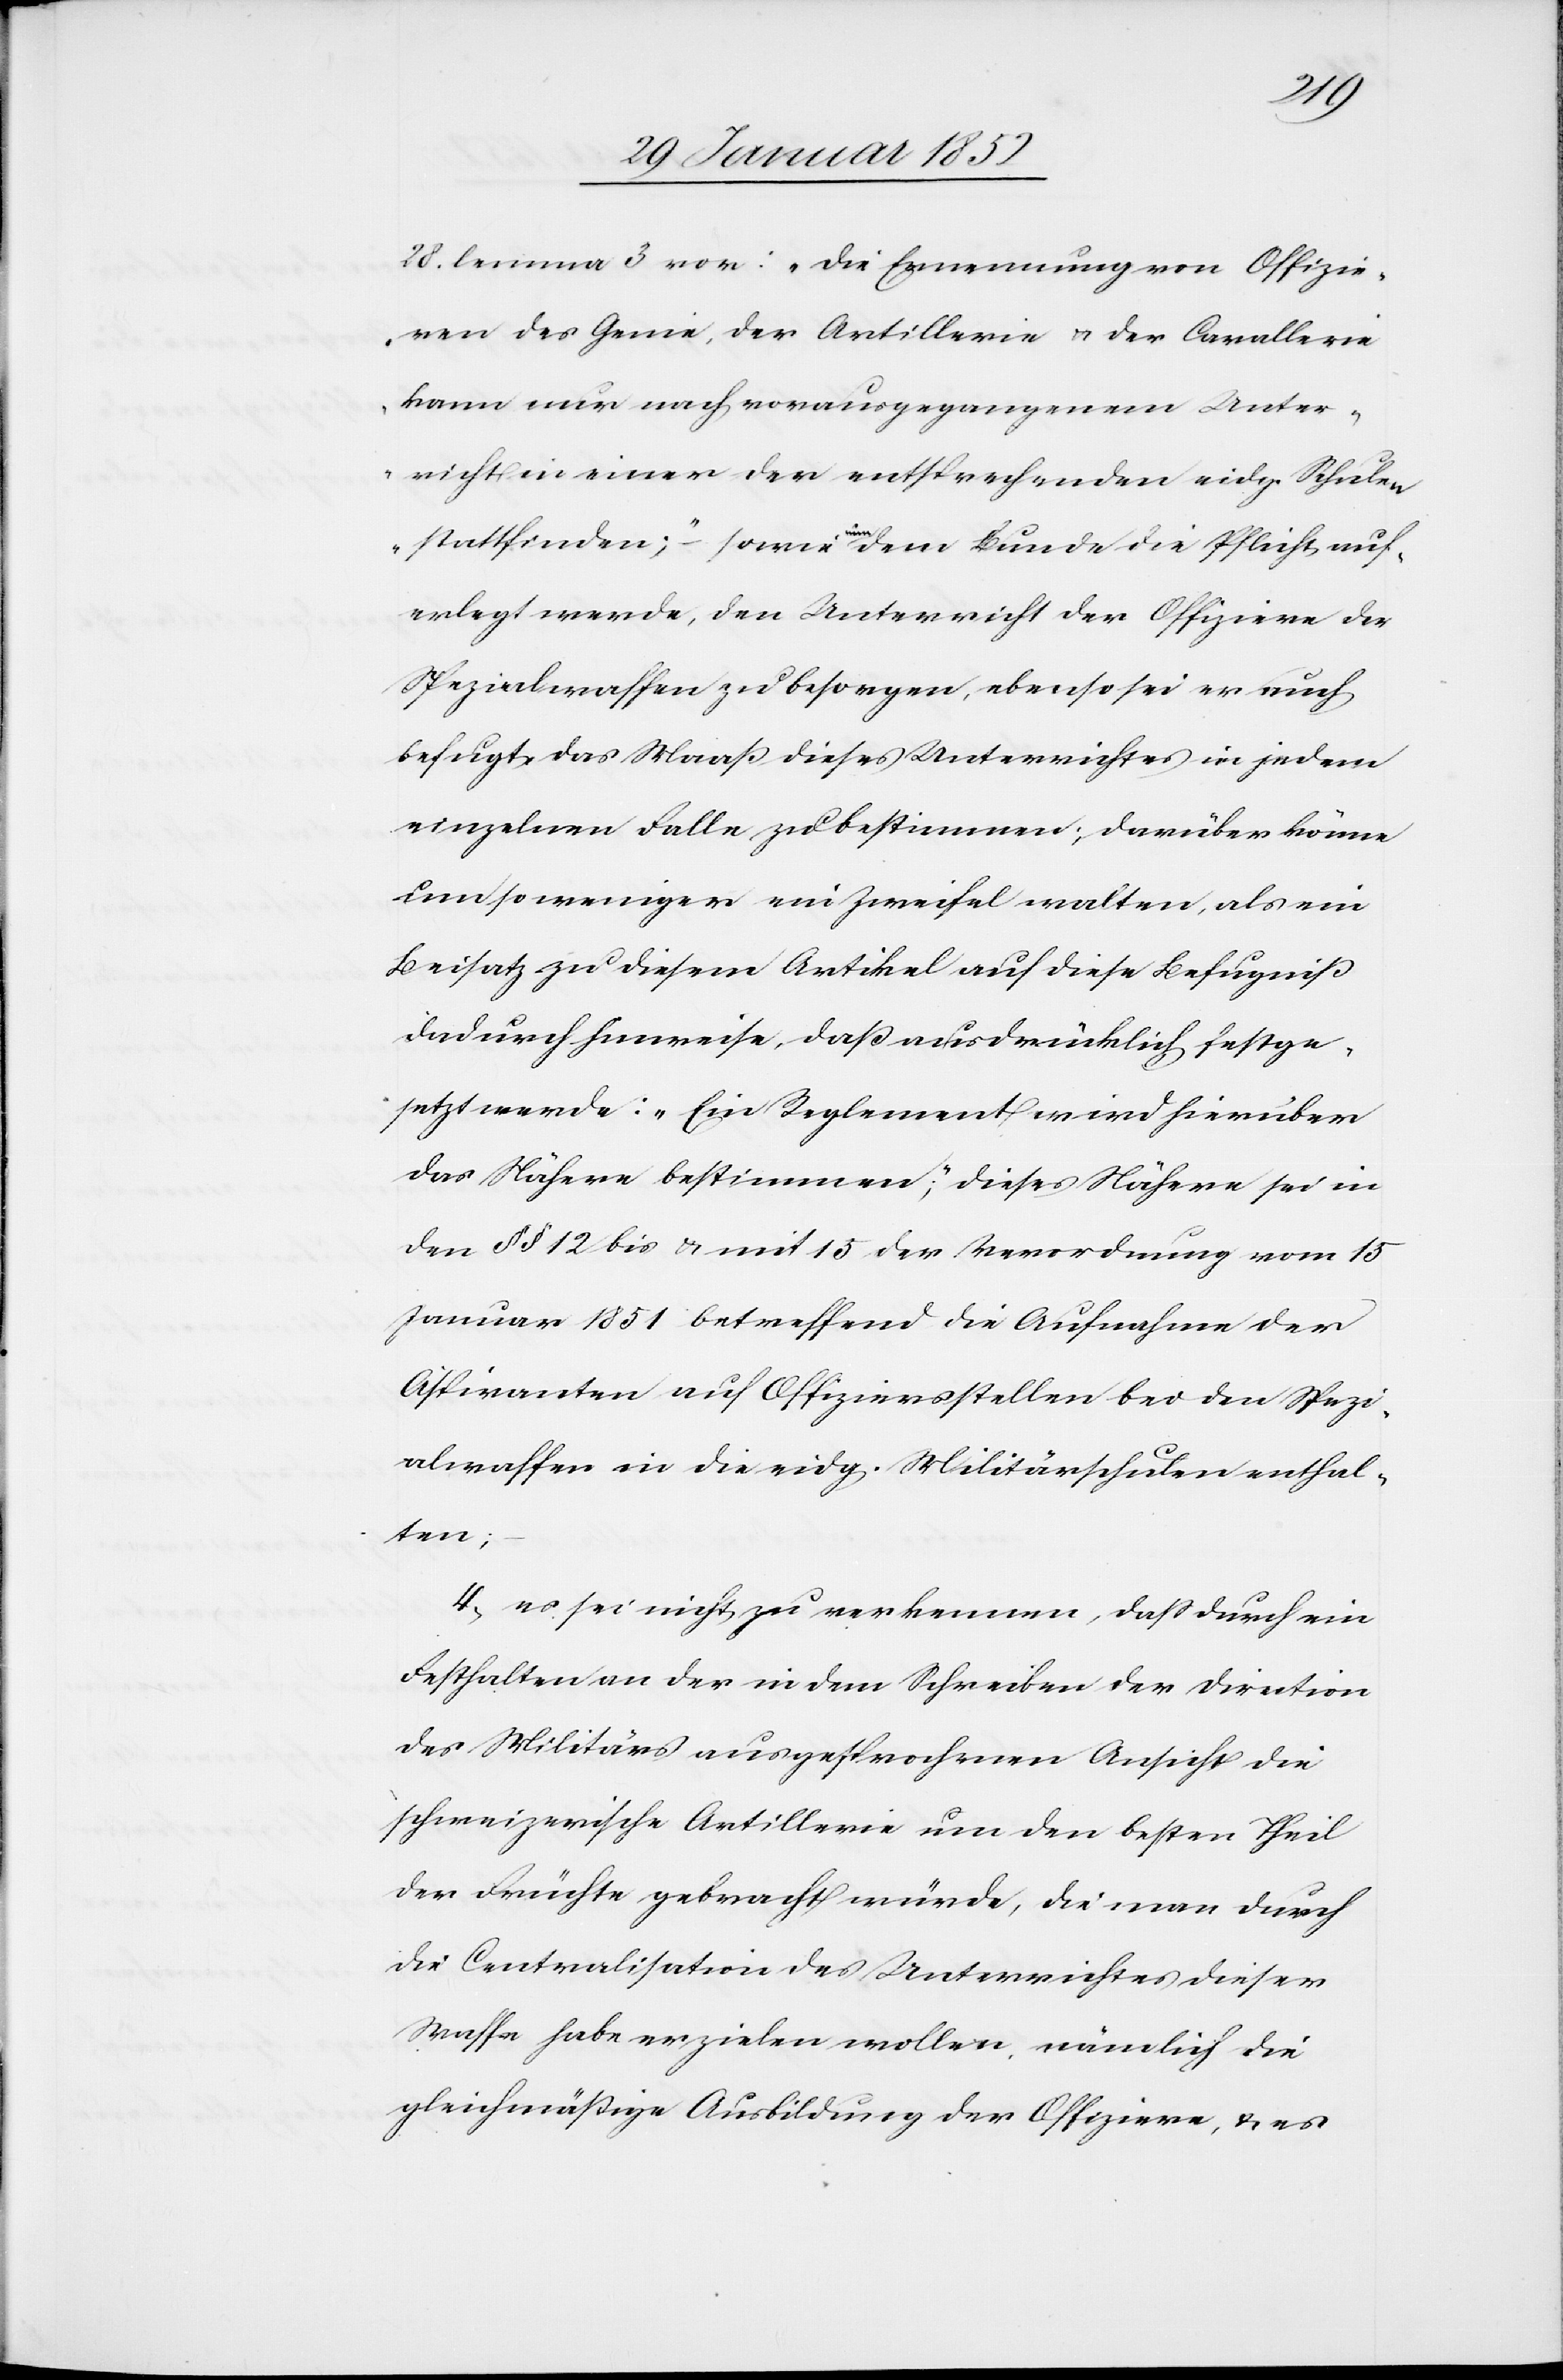
28 lemma 3 vor: „die Ernennungen von Offizie¬
ren des Genie, der Artillerie u. der Cavallerie
kann nur noch vorausgegangenem Unter¬
richt in einer der entsprechenden eidg. Schulen
stattfinden;“ – sowie nun dem Bunde die Pflicht auf¬
erlegt werde, den Unterricht der Offiziere der
Spezialwaffen zu besorgen, ebenso sei er auch
befugt, das Maaß dieses Unterrichts in jedem
einzelnen Falle zu bestimmen; darüber könne
um so weniger ein Zweifel walten, als ein
Beisatz zu diesem Artikel auf diese Befugniß
dadurch hinweise, daß ausdrücklich festge¬
setzt werde: „Ein Reglement wird hierüber
das Nähere bestimmen“; dieses Nähere sei in
den §§ 12 bis u. mit 15 der Verordnung vom 15
Januar 1851 betreffend die Aufnahme der
Aspiranten auf Offiziersstellen bei den Spezi¬
alwaffen in die eidg. Militärschulen enthal¬
ten;
4.) es sei nicht zu verkennen, daß durch ein
Festhalten an der in dem Schreiben der Direction
des Militärs ausgesprochenen Ansicht die
schweizerische Artillerie um den besten Theil
der Früchte gebracht würde, die man durch
die Centralisation des Unterrichtes dieser
Waffe habe erzielen wollen, nämlich die
gleichmäßige Ausbildung der Offizieren, u. es